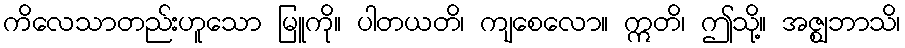
ကိလေသာတည်းဟူသော မြူကို။ ပါတယတိ၊ ကျစေလော။ ဣတိ၊ ဤသို့။ အဇ္ဈဘာသိ၊